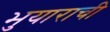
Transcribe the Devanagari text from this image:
भुयाराची